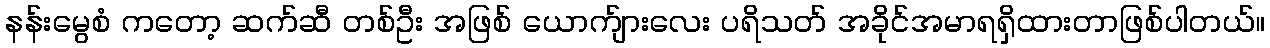
နန်းမွေစံ ကတော့ ဆက်ဆီ တစ်ဦး အဖြစ် ယောက်ျားလေး ပရိသတ် အခိုင်အမာရရှိထားတာဖြစ်ပါတယ်။